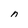
Character: n